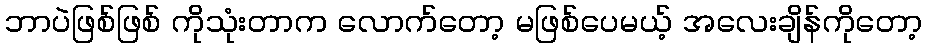
ဘာပဲဖြစ်ဖြစ် ကိုသုံးတာက လောက်တော့ မဖြစ်ပေမယ့် အလေးချိန်ကိုတော့